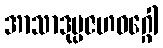
အာသာဒုပ္ပဇဟဝဂ္ဂေါ